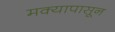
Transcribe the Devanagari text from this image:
मक्यापासून